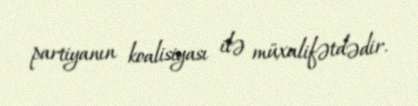
partiyanın koalisiyası ilə müxalifətdədir.